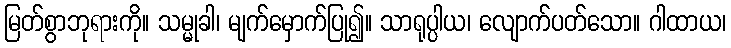
မြတ်စွာဘုရားကို။ သမ္မုခါ၊ မျက်မှောက်ပြု၍။ သာရုပ္ပါယ၊ လျောက်ပတ်သော။ ဂါထာယ၊